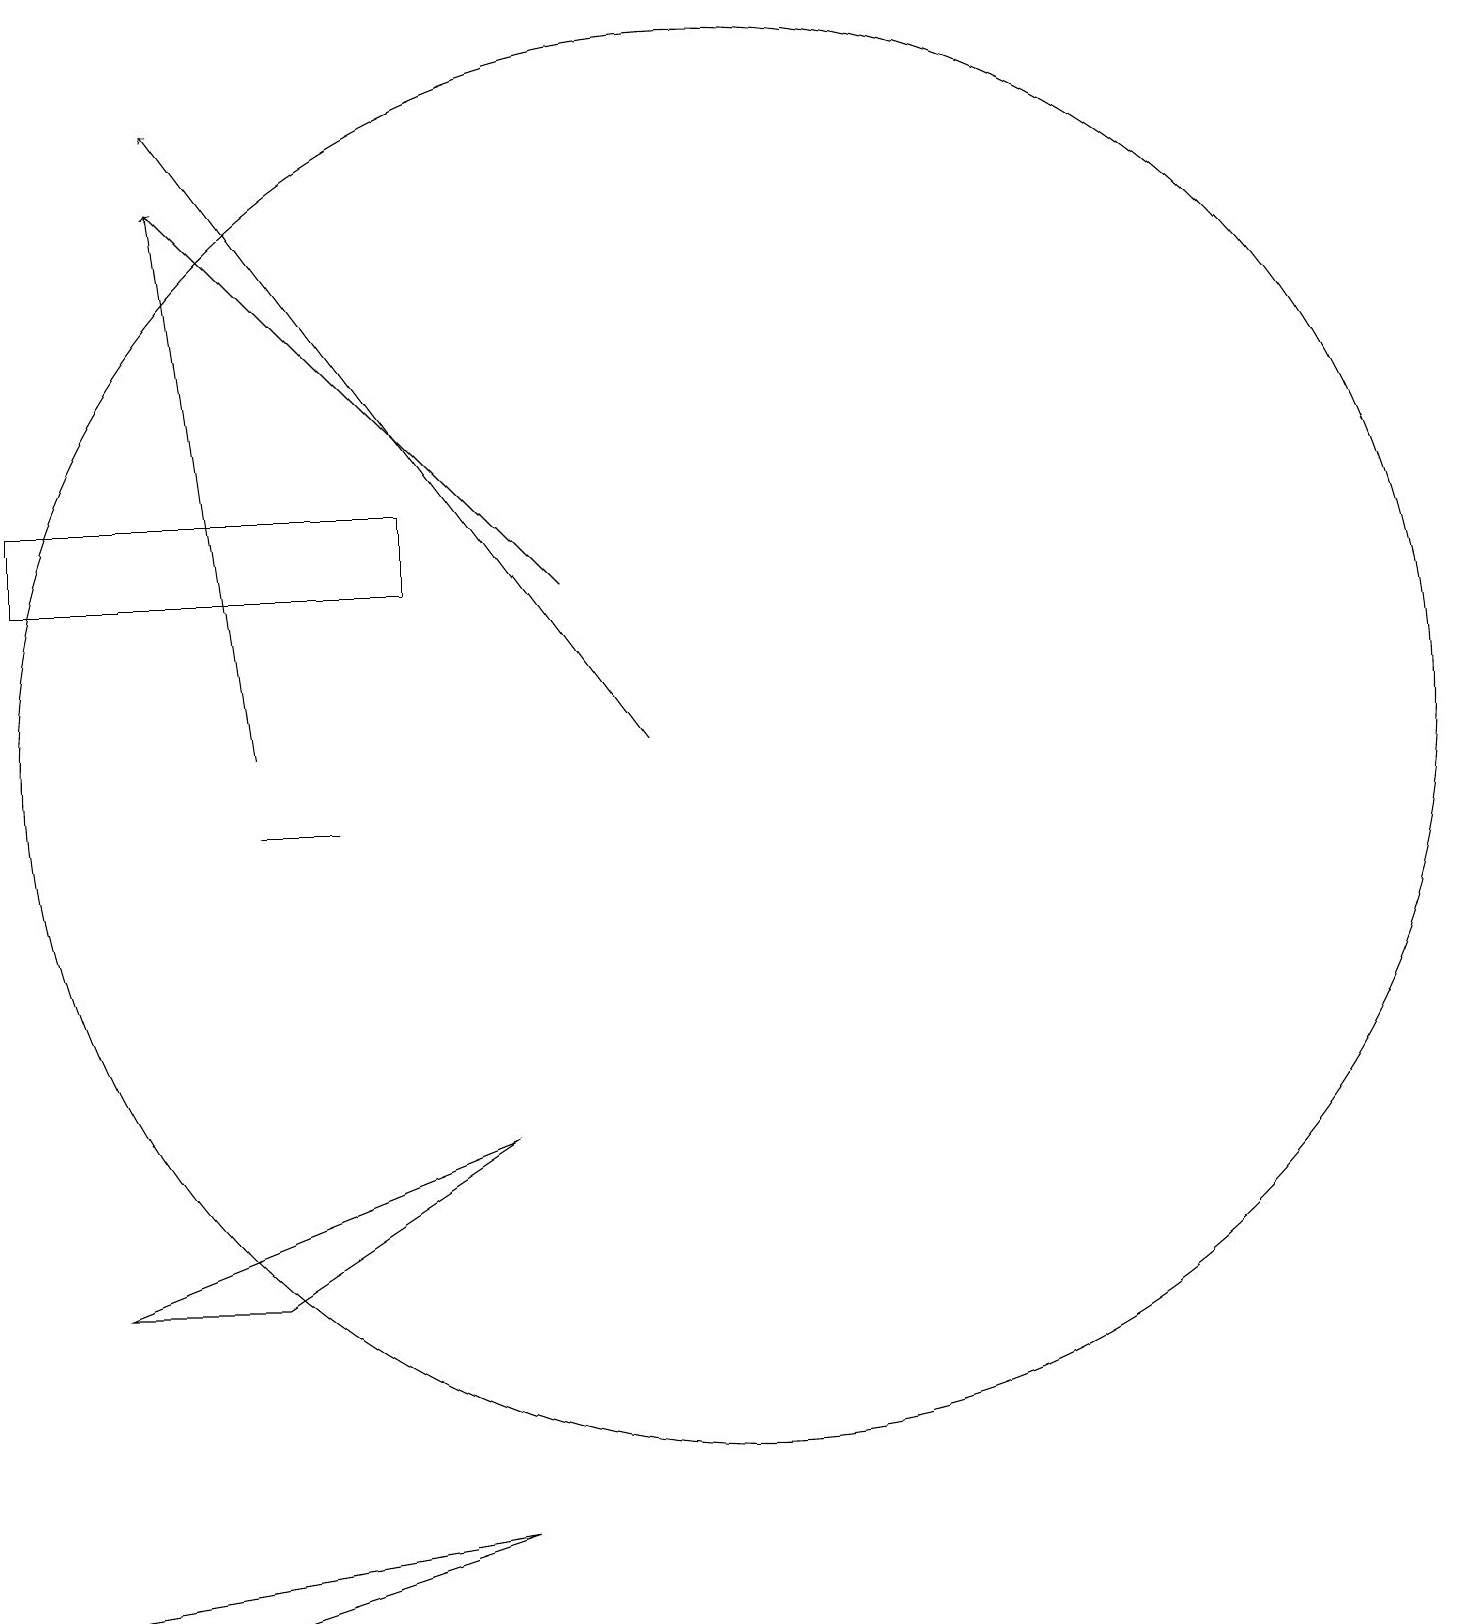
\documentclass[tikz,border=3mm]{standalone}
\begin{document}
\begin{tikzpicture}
\draw (10,11) circle (9);
\draw (7,1) -- (1,0) -- (4,0) -- cycle;
\draw[->] (8,13) -- (3,18);
\draw (6,13) rectangle (1,14);
\draw (4,4) -- (7,6) -- (2,4) -- cycle;
\draw (5,10) rectangle (4,10);
\draw[->] (9,11) -- (3,19);
\draw[->] (4,11) -- (3,18);
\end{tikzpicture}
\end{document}